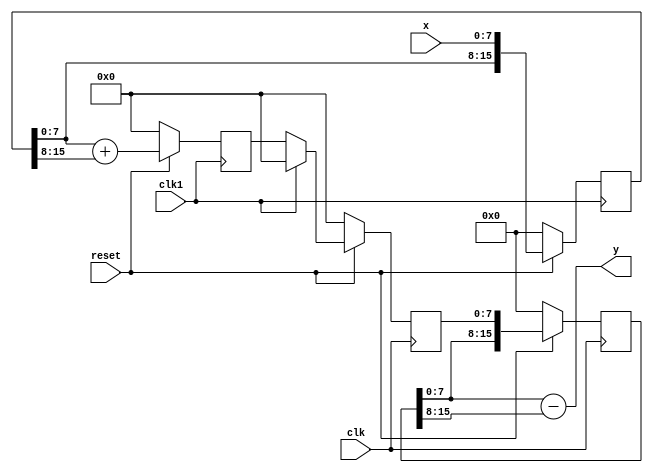
`timescale 1ns / 1ps
//////////////////////////////////////////////////////////////////////////////////
// Company: 
// Engineer: 
// 
// Design Name: 
// Module Name:    crc_interp_2_single 
// Project Name: 
// Target Devices: 
// Tool versions: 
// Description: 
//
// Dependencies: 
//
// Revision: 
// Revision 0.01 - File Created
// Additional Comments: 
//
//////////////////////////////////////////////////////////////////////////////////
module cic_interp_2_single(clk, clk1, reset, x, y);
		input clk;            // 
		input clk1;           // clk
		input reset;
		input [7:0] x;
		output [7:0] y;

		reg [15:0] x_t, y_t;  // 
		reg [7:0] int_out, temp; //


		always@(posedge clk1) begin
		   if(!reset) begin //
				x_t <= 0;
			   int_out <= 0;
			end
			else begin
				x_t <= {x_t[7:0], x};
				int_out <= x_t[7:0] + x_t[15:8];
			end

		end

		always@(posedge clk) begin
			if(!reset) begin
				y_t <= 0;
				temp <= 0;
			end
			else begin
				if(clk1 == 1)
					temp <= 0;
				else 
					temp <= int_out;
				y_t <= {y_t[7:0], temp};
			end
		end
		
		assign y = y_t[7:0] - y_t[15:8];// C ;
		
endmodule